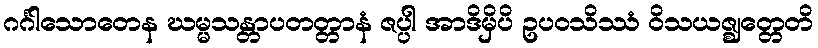
ဂင်္ဂါသောတေန ဃမ္မသန္တာပတတ္တာနံ ဇပ္ပါ အာဒိမှိပိ ဥပဝသိဿံ ဝိသယဇ္ဈတ္တေတိ